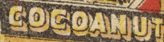
COCOANUT